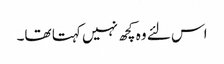
اس لئے وہ کچھ نہیں کہتا تھا۔